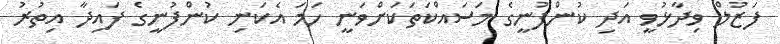
ފަޒުލް ވިދާޅުވީ އަދި ކުންފުނީގެ މަސައްކަތަކަށްވަނީ ހަމަ އެކަނި ކުންފުނީގެ ފައިދާ އިތުރު